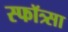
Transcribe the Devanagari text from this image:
स्फॉत्र्सा